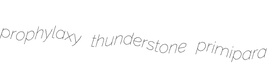
prophylaxy thunderstone primipara